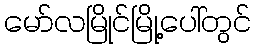
မော်လမြိုင်မြို့ပေါ်တွင်